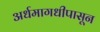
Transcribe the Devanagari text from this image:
अर्धमागधीपासून